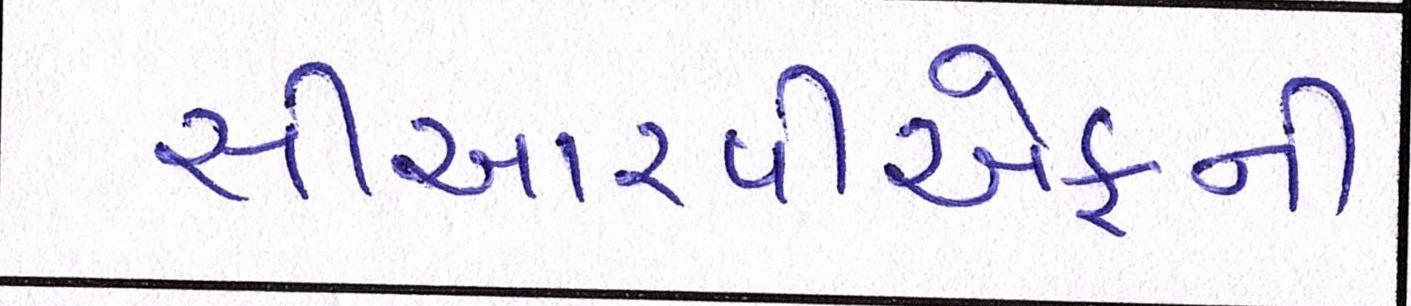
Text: સીઆરપીએફની